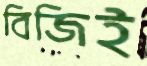
বিজিই